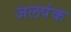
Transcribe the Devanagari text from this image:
जलपंक